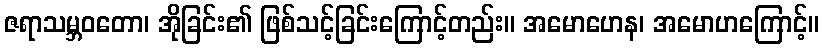
ဇရာသမ္ဘဝတော၊ အိုခြင်း၏ ဖြစ်သင့်ခြင်းကြောင့်တည်း။ အမောဟေန၊ အမောဟကြောင့်။